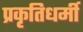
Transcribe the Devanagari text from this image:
प्रकृतिधर्मी